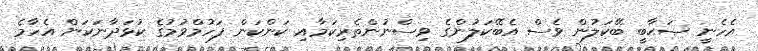
އެހެނީ ޞަޙާބީ ބޭކަލުން ވެސް އެބޭކަލުންގެ ވިސްނުންތެރިކަމާއި ކަންކަން ފަހުމްވުމުގެ ކުޅަދާނަކަން އެހާމެ